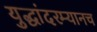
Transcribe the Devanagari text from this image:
युद्धांदरम्यानच